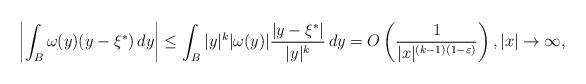
LaTeX: \begin{align*}\left| \int_B \omega(y) (y-\xi^*) \, dy \right| & \leq \int_B |y|^k |\omega(y)| { |y-\xi^*| \over |y|^k } \, dy = O \left( {1\over |x|^{(k-1)(1-\varepsilon)}} \right), |x| \to \infty,\end{align*}